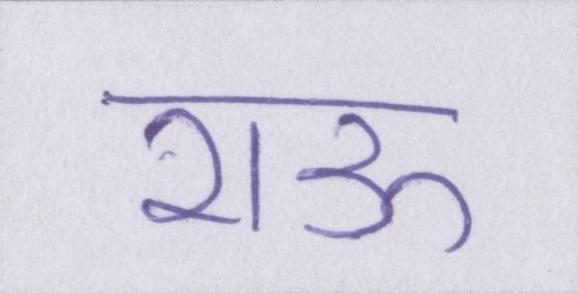
राऊ